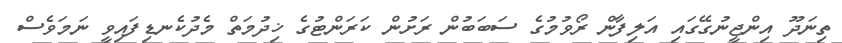
ތިނަދޫ އިންޖީނުގޭގައި އަލިފާން ރޯވުމުގެ ސަބަބުން ރަށުން ކަރަންޓުގެ ޚިދުމަތް މެދުކެނޑިފައިވީ ނަމަވެސް